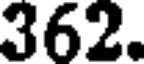
362.